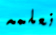
نعلمه